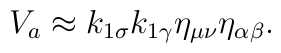
V_a \approx k_{1 \sigma} k_{1 \gamma} \eta_{\mu \nu} \eta_{\alpha \beta}.